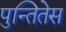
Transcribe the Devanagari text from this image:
पुन्तितेस